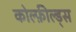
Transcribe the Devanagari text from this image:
कोल्फ़ील्ड्स